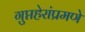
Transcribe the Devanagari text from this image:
गुप्तहेरांप्रमणे